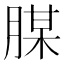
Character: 腜